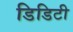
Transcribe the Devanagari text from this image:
डिडिटी